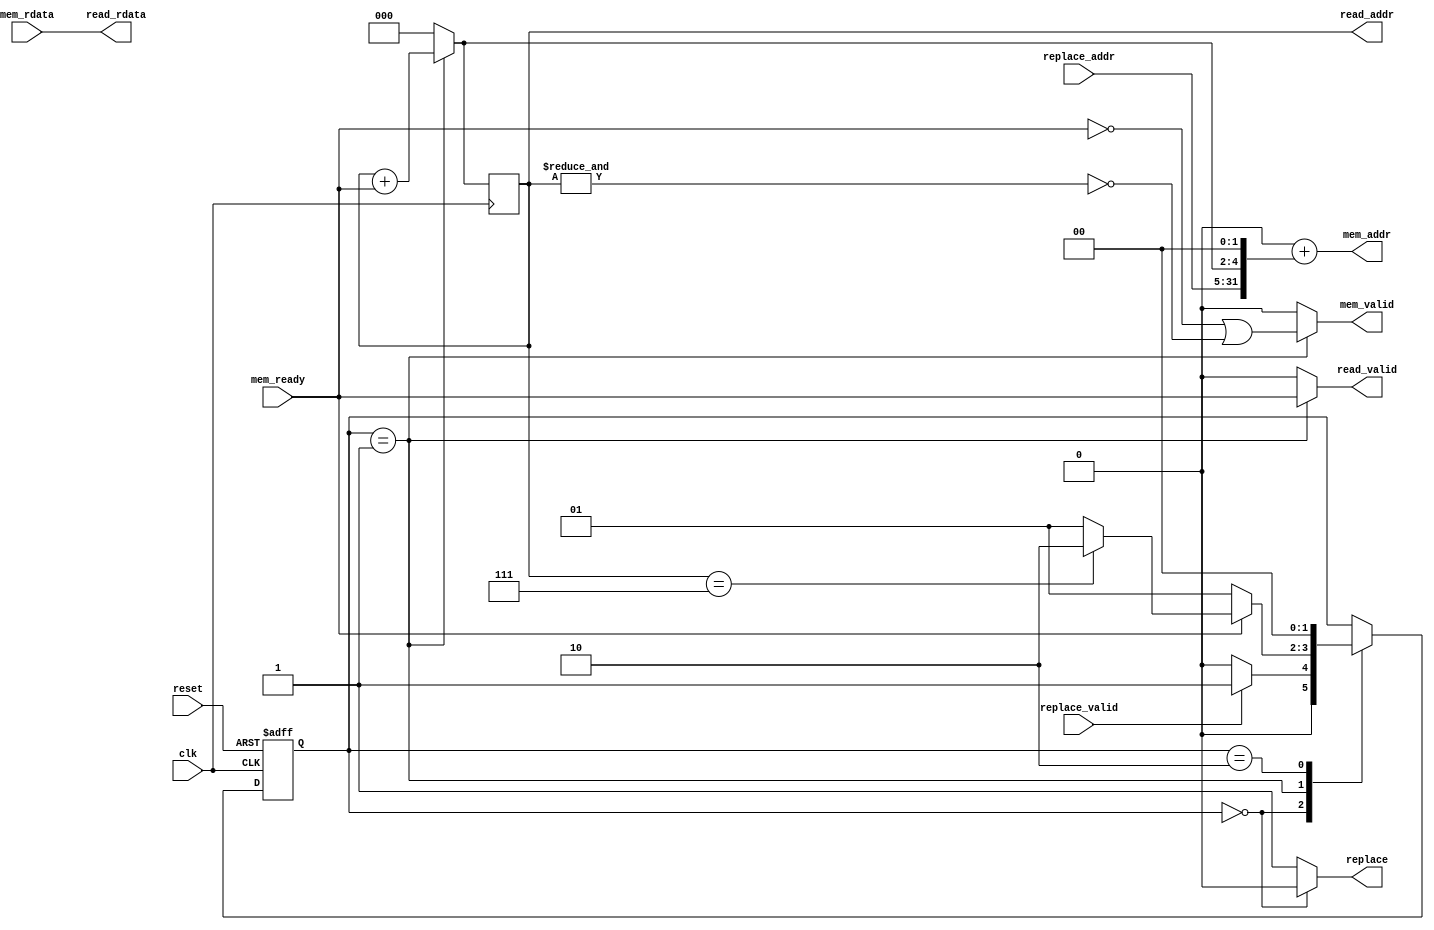
module read_channel_native
  #(
    parameter FE_ADDR_W   = 32,
    parameter FE_DATA_W   = 32,
    parameter FE_NBYTES  = FE_DATA_W/8,
    parameter WORD_OFF_W = 3,
    //Higher hierarchy memory (slave) interface parameters 
    parameter BE_ADDR_W = FE_ADDR_W, //Address width of the higher hierarchy memory
    parameter BE_DATA_W = FE_DATA_W, //Data width of the memory 
    parameter BE_NBYTES = BE_DATA_W/8, //Number of bytes
    parameter BE_BYTE_W = $clog2(BE_NBYTES), //Offset of the Number of Bytes
    //Cache-Memory base Offset
    parameter LINE2MEM_W = WORD_OFF_W-$clog2(BE_DATA_W/FE_DATA_W) //burst offset based on the cache word's and memory word size
    )
   (
    input                                        clk,
    input                                        reset,
    input                                        replace_valid,
    input [FE_ADDR_W -1: BE_BYTE_W + LINE2MEM_W] replace_addr,
    output reg                                   replace,
    output reg                                   read_valid,
    output reg [LINE2MEM_W-1:0]                  read_addr,
    output [BE_DATA_W-1:0]                       read_rdata,
    //Native memory interface
    output [BE_ADDR_W -1:0]                      mem_addr,
    output reg                                   mem_valid,
    input                                        mem_ready,
    input [BE_DATA_W-1:0]                        mem_rdata
    );

   generate
      if (LINE2MEM_W > 0)
        begin

           reg [LINE2MEM_W-1:0] word_counter;
           
           assign mem_addr  = {BE_ADDR_W{1'b0}} + {replace_addr[FE_ADDR_W -1: BE_BYTE_W + LINE2MEM_W], word_counter, {BE_BYTE_W{1'b0}}};
           

           // assign read_valid = mem_ready;
           assign read_rdata = mem_rdata;

           localparam
             idle             = 2'd0,
             handshake        = 2'd1, //the process was divided in 2 handshake steps to cause a delay in the
             end_handshake    = 2'd2; //(always 1 or a delayed valid signal), otherwise it will fail

           always @ (posedge clk)
             read_addr <= word_counter;
           
           reg [1:0]            state;

           always @(posedge clk, posedge reset)
             begin
                if(reset)
                  begin
                     state <= idle;
                     
                  end
                else
                  begin
                     case(state)

                       idle:
                         begin
                            if(replace_valid) //main_process flag
                              state <= handshake;                                        
                            else
                              state <= idle;                      
                         end
                       
                       handshake:
                         begin
                            if(mem_ready)
                              if(read_addr == {LINE2MEM_W{1'b1}})
                                state <= end_handshake;
                              else
                                begin
                                   state <= handshake;
                                end
                            else
                              begin
                                 state <= handshake;
                              end
                         end
                       
                       end_handshake: //read-latency delay (last line word)
                         begin
                            state <= idle;
                         end
                       
                       default:;
                       
                     endcase                                                     
                  end         
             end
           
           
           always @*
             begin 
                mem_valid     = 1'b0;
                replace = 1'b1;
                word_counter  = 0;
                read_valid    = 1'b0;
                
                case(state)
                  
                  idle:
                    begin
                       replace = 1'b0;
                    end

                  handshake:
                    begin
                       mem_valid = ~mem_ready | ~(&read_addr);
                       word_counter = read_addr + mem_ready;
                       read_valid = mem_ready;
                    end
                  
                  default:;
                  
                  
                endcase
             end
        end // if (LINE2MEM_W > 0)
      else
        begin
           assign mem_addr  = {BE_ADDR_W{1'b0}} + {replace_addr, {BE_BYTE_W{1'b0}}};
           
           // assign read_valid = mem_valid; //doesn require line_load since when mem_valid is HIGH, so is line_load.
           assign read_rdata = mem_rdata;

           localparam
             idle             = 2'd0,
             handshake        = 2'd1, //the process was divided in 2 handshake steps to cause a delay in the
             end_handshake    = 2'd2; //(always 1 or a delayed valid signal), otherwise it will fail
           
           
           reg [1:0]                                  state;

           always @(posedge clk, posedge reset)
             begin
                if(reset)
                  state <= idle;
                else
                  begin
                     case(state)

                       idle:
                         begin
                            
                            if(replace_valid)
                              state <= handshake;                                        
                            else
                              state <= idle;                      
                         end
                       
                       handshake:
                         begin
                            if(mem_ready)
                              state <= end_handshake;
                            else
                              state <= handshake;
                         end
                       
                       end_handshake: //read-latency delay (last line word)
                         begin
                            state <= idle;
                         end
                       
                       default:;
                       
                     endcase                                                     
                  end         
             end
           
           
           always @*
             begin 
                mem_valid     = 1'b0;
                replace = 1'b1;
                read_valid    = 1'b0;
                
                case(state)
                  
                  idle:
                    begin
                       replace = 1'b0;
                    end

                  handshake:
                    begin
                       mem_valid = ~mem_ready;
                       read_valid = mem_ready;
                    end
                  
                  default:;
                  
                endcase
             end
           
        end // else: !if(MEM_OFF_W > 0)
   endgenerate
   
endmodule